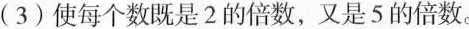
（3）使每个数既是2的倍数，又是5的倍数。